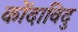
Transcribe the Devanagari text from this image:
कोंदाविदु